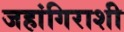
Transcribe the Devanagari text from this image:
जहांगिराशी